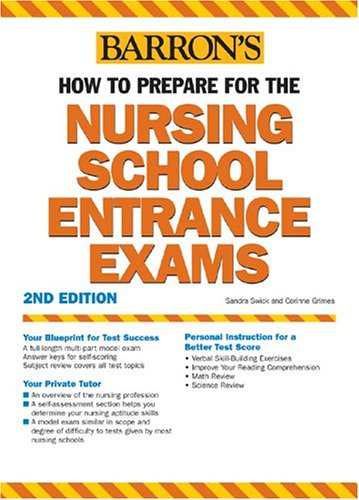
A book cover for How to Prepare for the Nursing School Entrance Exams (Barron's Nursing School Entrance Exams); Corinne Grimes; Test Preparation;